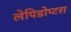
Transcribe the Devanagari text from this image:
लेपिडोप्टरा